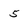
Character: 5